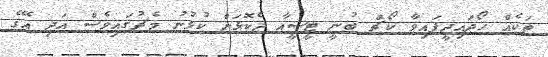
ތަކެއް ހޯދައިދީފައިވާ ކޯޗް ބުނީ ޓީސީއާ ދެކޮޅަށް ކުޅުނު މެޗުގައިވެސް އަދި އޭގެ